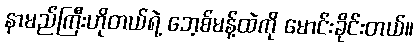
နာမည်ကြီးဟိုတယ်ရဲ့ ဘေ့စ်မန့်ထဲကို မောင်းခိုင်းတယ်။